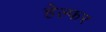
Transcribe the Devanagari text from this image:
हेल्फर